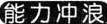
能力冲浪